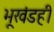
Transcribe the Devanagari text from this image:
भूखंडही